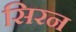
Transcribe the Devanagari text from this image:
सिरन